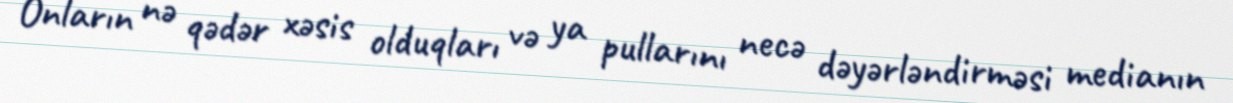
Onların nə qədər xəsis olduqları və ya pullarını necə dəyərləndirməsi medianın